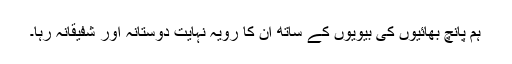
ہم پانچ بھائیوں کی بیویوں کے ساتھ ان کا رویہ نہایت دوستانہ اور شفیقانہ رہا۔